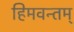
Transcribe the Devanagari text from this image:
हिमवन्तम्